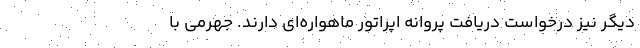
دیگر نیز درخواست دریافت پروانه اپراتور ماهواره‌ای دارند. جهرمی با